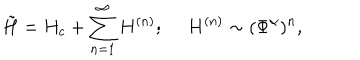
\tilde { H } = H _ { c } + \sum _ { n = 1 } ^ { \infty } H ^ { ( n ) } ; ~ ~ H ^ { ( n ) } \sim ( \Phi ^ { \alpha } ) ^ { n } ,